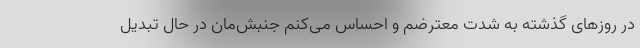
در روزهای گذشته به شدت معترضم و احساس می‌کنم جنبش‌مان در حال تبدیل